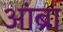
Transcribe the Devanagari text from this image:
आंब्रा